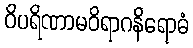
ဝိပရိဏာမဝိရာဂနိရောဓံ